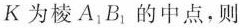
为棱A_{1}B_{1}的中点，则